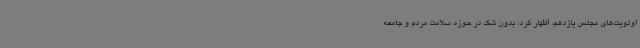
اولویت‌های مجلس یازدهم، اظهار کرد: بدون شک در حوزه سلامت مردم و جامعه